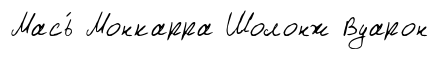
Мась́ Монкарра Шолонж Вуарон